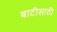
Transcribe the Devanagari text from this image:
बाटीसाठी